Civil Veterinary Dept. Bombay admin report 1923-31 - 1923-1931
Year: 1923
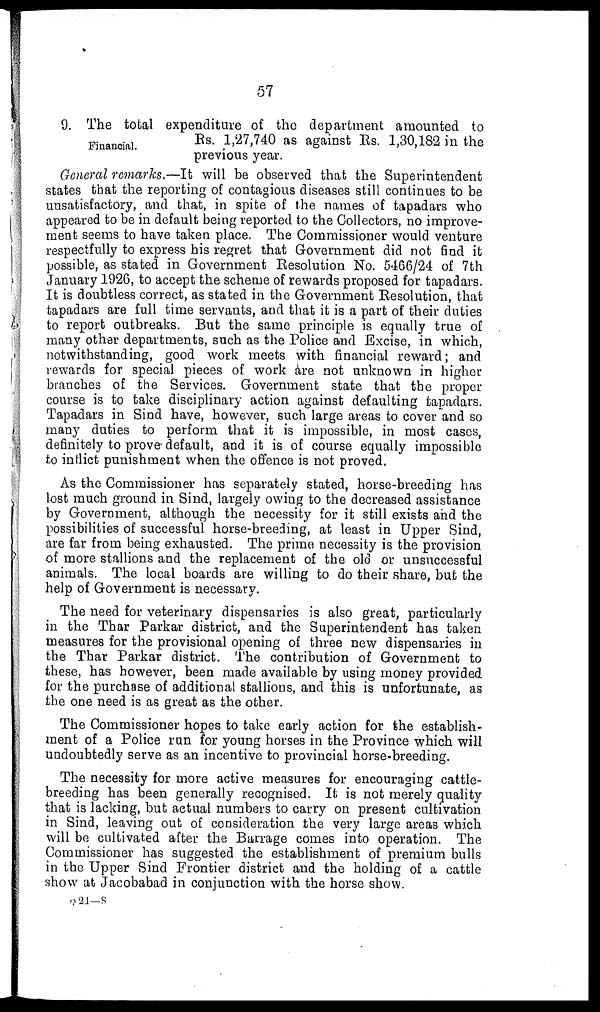
57
Financial.
9. The total expenditure of the department amounted to
Rs. 1,27,740 as against Rs. 1,30,182 in the
previous year.
General remarks.—It will be observed that the Superintendent
states that the reporting of contagious diseases still continues to be
unsatisfactory, and that, in spite of the names of tapadars who
appeared to be in default being reported to the Collectors, no improve-
ment seems to have taken place. The Commissioner would venture
respectfully to express his regret that Government did not find it
possible, as stated in Government Resolution No. 5466/24 of 7th
January 1926, to accept the scheme of rewards proposed for tapadars.
It is doubtless correct, as stated in the Government Resolution, that
tapadars are full time servants, and that it is a part of their duties
to report outbreaks. But the same principle is equally true of
many other departments, such as the Police and Excise, in which,
notwithstanding, good work meets with financial reward; and
rewards for special pieces of work are not unknown in higher
branches of the Services. Government state that the proper
course is to take disciplinary action against defaulting tapadars.
Tapadars in Sind have, however, such large areas to cover and so
many duties to perform that it is impossible, in most cases,
definitely to prove-default, and it is of course equally impossible
to inflict punishment when the offence is not proved.
As the Commissioner has separately stated, horse-breeding has
lost much ground in Sind, largely owing to the decreased assistance
by Government, although the necessity for it still exists and the
possibilities of successful horse-breeding, at least in Upper Sind,
are far from being exhausted. The prime necessity is the provision
of more stallions and the replacement of the old or unsuccessful
animals. The local boards are willing to do their share, but the
help of Government is necessary.
The need for veterinary dispensaries is also great, particularly
in the Thar Parkar district, and the Superintendent has taken
measures for the provisional opening of three new dispensaries in
the Thar Parkar district. The contribution of Government to
these, has however, been made available by using money provided
for the purchase of additional stallions, and this is unfortunate, as
the one need is as great as the other.
The Commissioner hopes to take early action for the establish-
ment of a Police run for young horses in the Province which will
undoubtedly serve as an incentive to provincial horse-breeding.
The necessity for more active measures for encouraging cattle-
breeding has been generally recognised. It is not merely quality
that is lacking, but actual numbers to carry on present cultivation
in Sind, leaving out of consideration the very large areas which
will be cultivated after the Barrage comes into operation. The
Commissioner has suggested the establishment of premium bulls
in the Upper Sind Frontier district and the holding of a cattle
show at Jacobabad in conjunction with the horse show.
Q 24—8